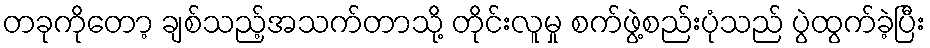
တခုကိုတော့ ချစ်သည့်အသက်တာသို့ တိုင်းလူမှု စက်ဖွဲ့စည်းပုံသည် ပွဲထွက်ခဲ့ပြီး